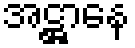
အဋ္ဌာနေ